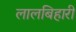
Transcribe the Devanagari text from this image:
लालबिहारी